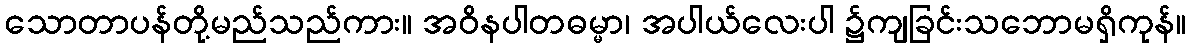
သောတာပန်တို့မည်သည်ကား။ အဝိနပါတဓမ္မာ၊ အပါယ်လေးပါ ၌ကျခြင်းသဘောမရှိကုန်။